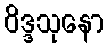
ဝိဒ္ဒသုနော